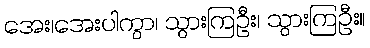
အေး၊အေးပါကွာ၊ သွားကြဦး၊ သွားကြဦး။